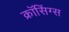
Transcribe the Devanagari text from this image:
क्रॉसिंग्स